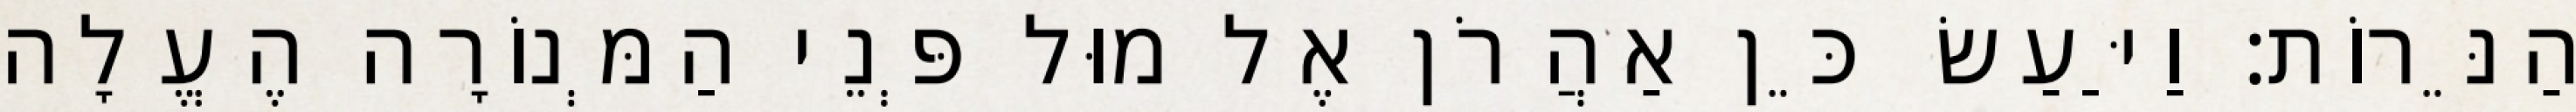
הַנֵּרוֹת׃ וַיַּעַשׂ כֵּן אַהֲרֹן אֶל מוּל פְּנֵי הַמְּנוֹרָה הֶעֱלָה